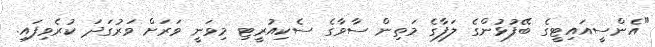
"އެންސީއައިޓީގެ ބޭފުޅުންގެ ލަފާގެ މަތިން ސާވާގެ ސެކިއުރީޓި މިވަނީ ވަރަށް ވަރުގަދަ ކުރެވިފައި.